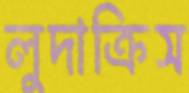
লুদাক্রিস